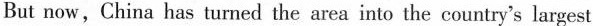
But now，China has turned the area into the country's largest